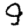
Digit: 9